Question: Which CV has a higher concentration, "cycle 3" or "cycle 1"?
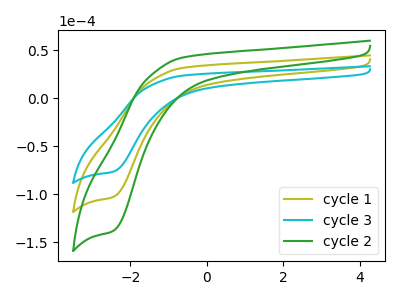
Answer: <think>The olive curve "cycle 1" has a cathodic peak at: (-2.45V, -103.15uA). The cyan curve "cycle 3" has a cathodic peak at: (-2.45V, -76.80uA). The green curve "cycle 2" has a cathodic peak at: (-2.45V, -206.35uA).
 All the peaks in "cycle 3" have a peak in "cycle 1" at the same potential. Every peak in "cycle 3" is lower than every peak in "cycle 1".</think>
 <answer>"cycle 3" has less signal than "cycle 1" and so likely has a lower concentration.</answer>
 <eval>less_concentration</eval>